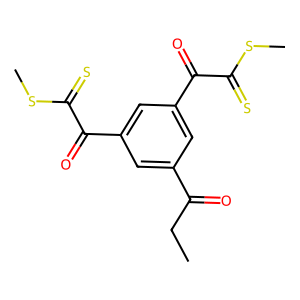
SMILES: CCC(=O)c1cc(C(=O)C(=S)SC)cc(C(=O)C(=S)SC)c1
Inhibits HIV replication: No